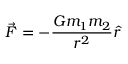
{ \vec { F } } = - { \frac { G m _ { 1 } m _ { 2 } } { r ^ { 2 } } } { \hat { r } }